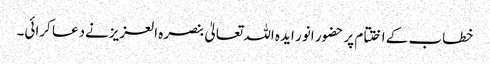
خطاب کے اختتام پر حضور انور ایدہ اللہ تعالیٰ بنصرہ العزیزنےدعا کرائی۔